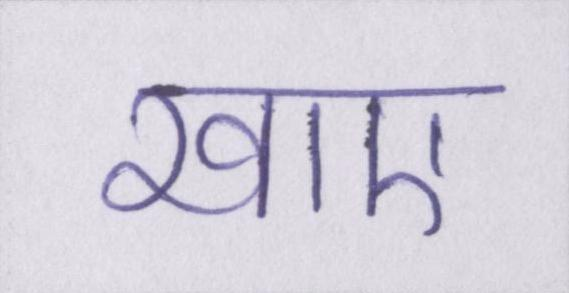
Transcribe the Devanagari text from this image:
खाए